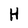
Character: H